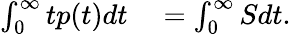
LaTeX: \begin{array}{rl}{\int_{0}^{\infty}tp(t)dt}&{{}=\int_{0}^{\infty}Sdt.}\end{array}